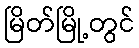
မြိတ်မြို့တွင်